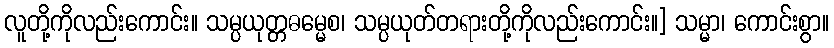
လူတို့ကိုလည်းကောင်း။ သမ္ပယုတ္တဓမ္မေစ၊ သမ္ပယုတ်တရားတို့ကိုလည်းကောင်း။] သမ္မာ၊ ကောင်းစွာ။